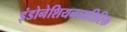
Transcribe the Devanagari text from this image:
इंडोनेशियनव्यतिरिक्त